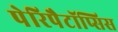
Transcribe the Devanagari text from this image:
पेरिपैटॉप्सिस